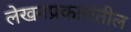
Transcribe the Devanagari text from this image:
लेखनप्रकारांतील